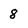
Character: 8